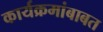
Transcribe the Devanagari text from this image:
कार्यक्रमांबाबत